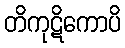
တိကုဋိကောပိ